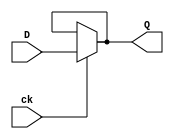
module latch_D_ck (input D, 
						input ck, 
						output Q);

assign Q = (ck==1) ? D : Q;
	
endmodule